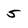
Character: 5